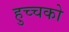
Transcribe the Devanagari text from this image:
हुच्चको